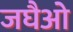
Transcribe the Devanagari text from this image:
जघैओ